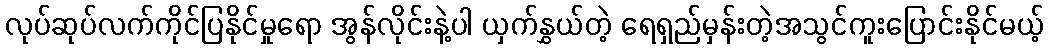
လုပ်ဆုပ်လက်ကိုင်ပြနိုင်မှုရော အွန်လိုင်းနဲ့ပါ ယှက်နွှယ်တဲ့ ရေရှည်မှန်းတဲ့အသွင်ကူးပြောင်းနိုင်မယ့်